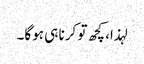
لہذا، کچھ تو کرنا ہی ہوگا۔